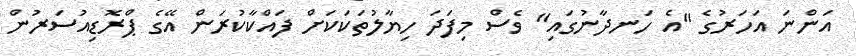
އަންނަ އަހަރުގެ "އެ ހަނދާނުގައި" ވެސް މިފަދަ ހިޔާލުތަކަކަށް ފައްކާކުރަން އޭގެ ޕްރޮޑިއުސަރުން